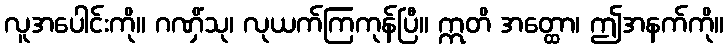
လူအပေါင်းကို။ ဂဏှိံသု၊ လုယက်ကြကုန်ပြီ။ ဣတိ အတ္ထော၊ ဤအနက်ကို။